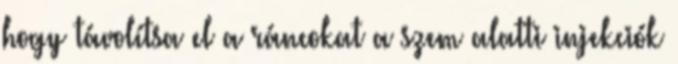
hogy távolítsa el a ráncokat a szem alatti injekciók